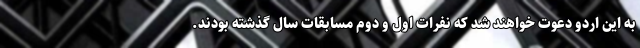
به این اردو دعوت خواهند شد که نفرات اول و دوم مسابقات سال گذشته بودند.